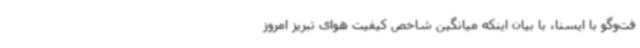
فت‌وگو با ایسنا، با بیان اینکه میانگین شاخص کیفیت هوای تبریز امروز